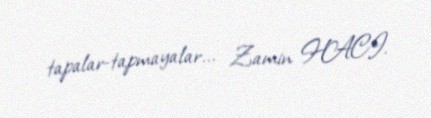
tapalar-tapmayalar... Zamin HACI.